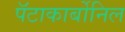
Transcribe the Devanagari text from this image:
पॅटाकार्बोनिल